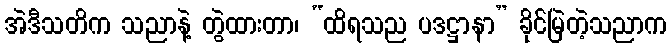
အဲဒီသတိက သညာနဲ့ တွဲထားတာ၊ “ထိရသည ပဒဋ္ဌာနာ” ခိုင်မြဲတဲ့သညာက